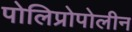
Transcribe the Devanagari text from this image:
पोलिप्रोपोलीन